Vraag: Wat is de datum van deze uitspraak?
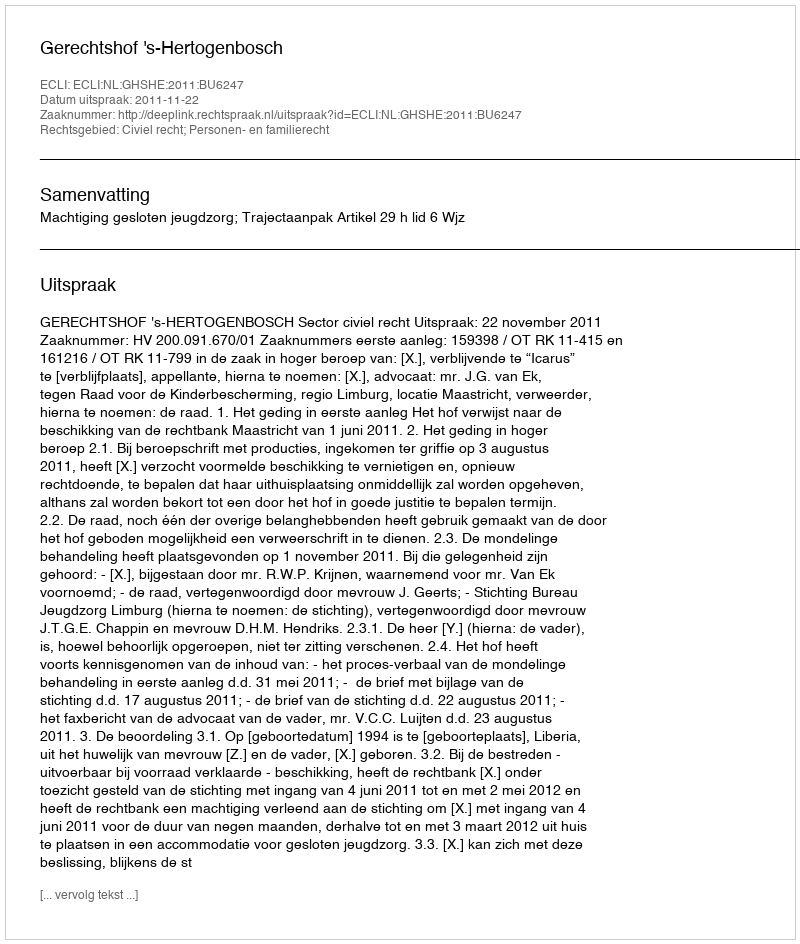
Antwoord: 2011-11-22